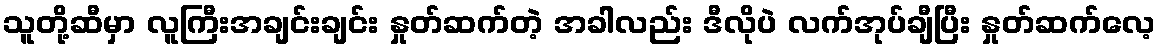
သူတို့ဆီမှာ လူကြီးအချင်းချင်း နှုတ်ဆက်တဲ့ အခါလည်း ဒီလိုပဲ လက်အုပ်ချီပြီး နှုတ်ဆက်လေ့